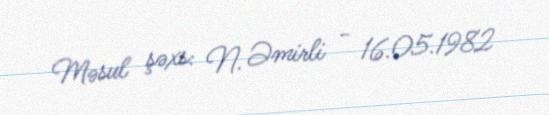
Məsul şəxs: N. Əmirli - 16.05.1982